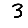
Digit: 3